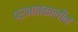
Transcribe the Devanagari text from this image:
प्रभातकालीन